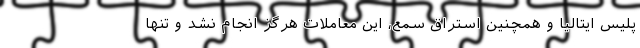
پلیس ایتالیا و همچنین استراق سمع، این معاملات هرگز انجام نشد و تنها